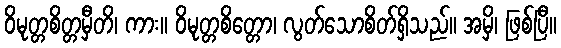
ဝိမုတ္တစိတ္တမှီတိ၊ ကား။ ဝိမုတ္တစိတ္တော၊ လွတ်သောစိတ်ရှိသည်။ အမှိ၊ ဖြစ်ပြီ။